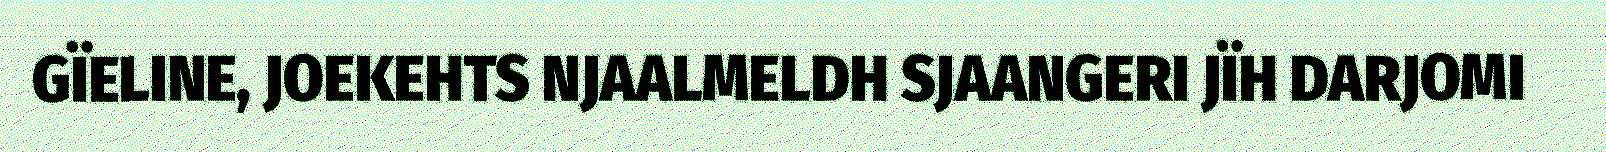
GÏELINE, JOEKEHTS NJAALMELDH SJAANGERI JÏH DARJOMI